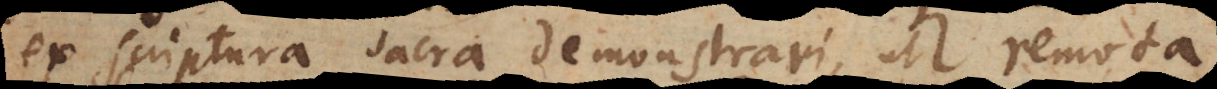
ex scriptura sacra demonstrari, ut remota